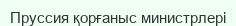
Пруссия қорғаныс министрлері